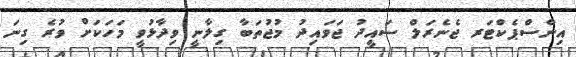
އިންސްޕެކްޓަރ ޖެނެރަލް ސައީދު ޖަވައިދު މުޖުތަބާ ގިލާނީ ވިދާޅުވީ މަހަކަށް ވުރެ ގިނަ